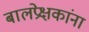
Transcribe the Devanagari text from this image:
बालप्रेक्षकांना